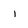
Character: i